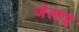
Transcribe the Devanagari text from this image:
जेलाइ